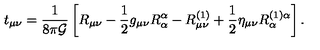
t _ { \mu \nu } = \frac { 1 } { 8 \pi { \cal G } } \left[ R _ { \mu \nu } - \frac { 1 } { 2 } g _ { \mu \nu } R _ { \alpha } ^ { \alpha } - R _ { \mu \nu } ^ { ( 1 ) } + \frac { 1 } { 2 } \eta _ { \mu \nu } R _ { \alpha } ^ { ( 1 ) \alpha } \right] .